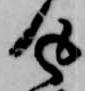
返